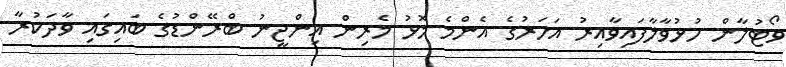
ވޯޓުލާން ހުޅުވާލާފައިވާއިރު އަހަރުގެ އެންމެ މޮޅު މެރިން އިންޖީނު ބްރޭންޑުގެ ބައިގައި ވާދަކުރާ